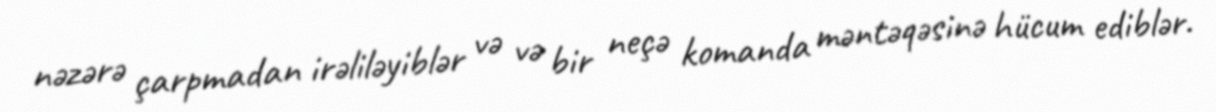
nəzərə çarpmadan irəliləyiblər və və bir neçə komanda məntəqəsinə hücum ediblər.